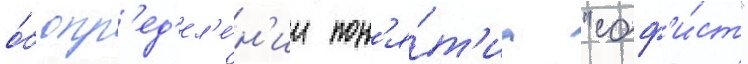
о́б опр'ед'ел'е́н'ии пон'я́т'иа "соф'и́ст"